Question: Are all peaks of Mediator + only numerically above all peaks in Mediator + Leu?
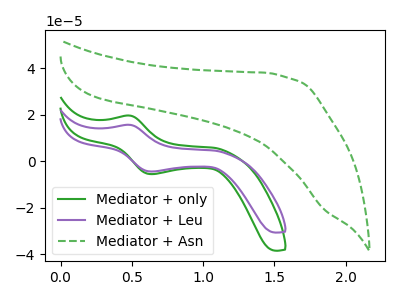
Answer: <think>The green curve "Mediator + only" has an anodic peak at (0.50V, 19.70uA) and a cathodic peak at (0.65V, -5.50uA). The purple curve "Mediator + Leu" has an anodic peak at (0.50V, 15.70uA) and a cathodic peak at (0.65V, -4.40uA). The green dashed curve "Mediator + Asn" has no peaks.</think>
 <answer>Every peak in "Mediator + only" is higher than every peak in "Mediator + Leu".</answer>
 <eval>higher</eval>